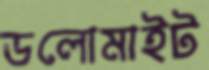
ডলোমাইট